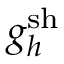
{ g } _ { h } ^ { \mathrm { s h } }